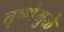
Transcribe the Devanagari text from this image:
तृष्णेमुळे